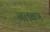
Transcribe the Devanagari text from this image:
नलबण